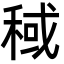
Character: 稢